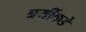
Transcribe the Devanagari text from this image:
त्रयींकडे